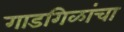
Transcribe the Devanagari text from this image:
गाडगिळांचा